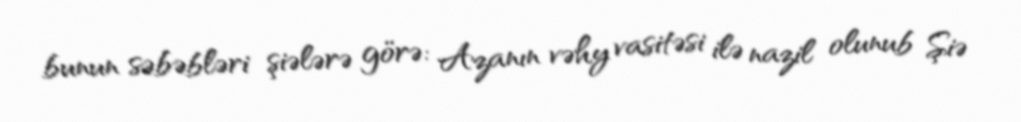
bunun səbəbləri şiələrə görə: Azanın vəhy vasitəsi ilə nazil olunub Şiə